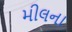
મીલના